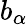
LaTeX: b_{\alpha}